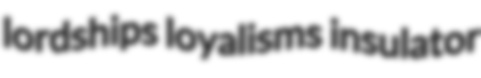
lordships loyalisms insulator